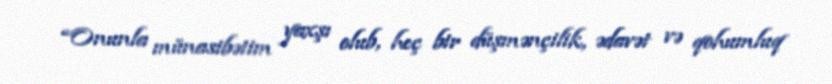
“Onunla münasibətim yaxşı olub, heç bir düşmənçilik, ədavət və qohumluq